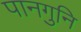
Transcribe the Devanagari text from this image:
पानगुनि